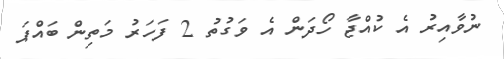
ނުވާއިރު އެ ކުއްޖާ ހޯދަން އެ ވަގުތު 2 ފަހަރު މަތިން ބައްޕަ